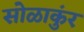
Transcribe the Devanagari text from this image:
सोळाकुंर